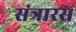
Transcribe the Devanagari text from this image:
संत्रारस